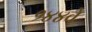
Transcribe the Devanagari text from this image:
१४४वे